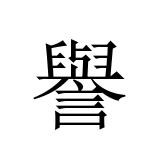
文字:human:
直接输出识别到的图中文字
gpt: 譽